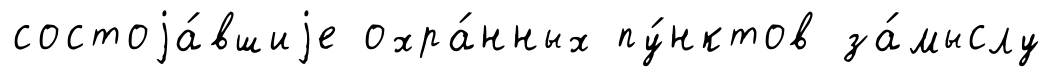
состоjа́вшиjе охра́нных пу́нктов за́мыслу